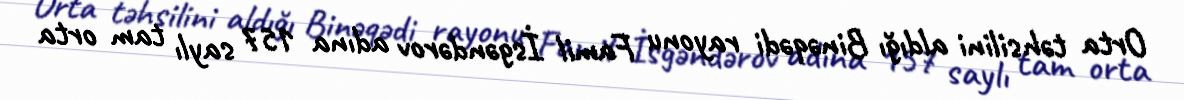
Orta təhsilini aldığı Binəqədi rayonu Famil İsgəndərov adına 157 saylı tam orta